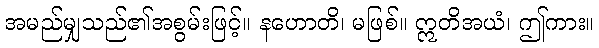
အမည်မျှသည်၏အစွမ်းဖြင့်။ နဟောတိ၊ မဖြစ်။ ဣတိအယံ၊ ဤကား။